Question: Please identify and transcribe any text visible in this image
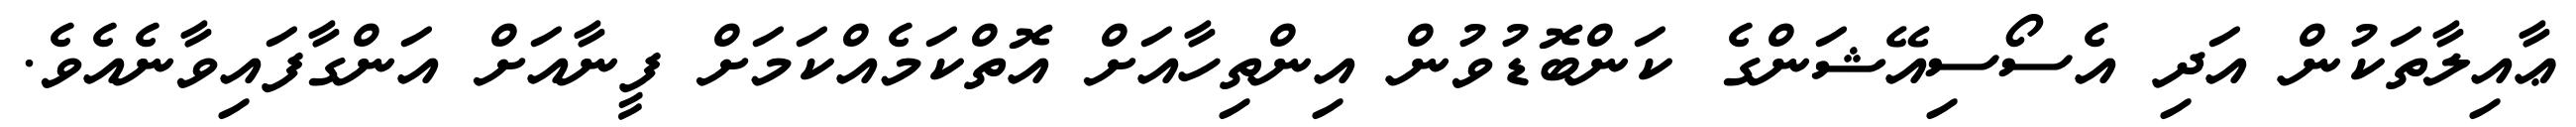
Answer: ޢާއިލާތަކުން އަދި އެސޯސިއޭޝަންގެ ކަންބޮޑުވުން އިންތިހާއަށް އޮތްކަމެއްކަމަށް ފީނާއަށް އަންގާފައިވާނެއެވެ.